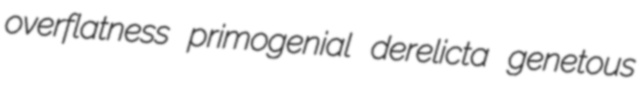
overflatness primogenial derelicta genetous